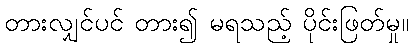
တားလျှင်ပင် တား၍ မရသည့် ပိုင်းဖြတ်မှု။